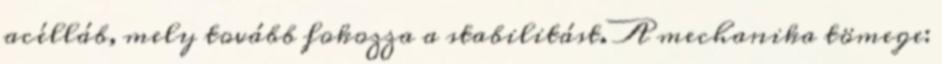
acélláb, mely tovább fokozza a stabilitást. A mechanika tömege: